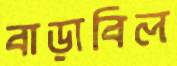
বাড়াবিল